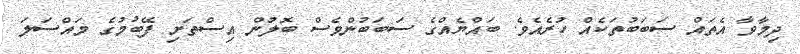
ދިމާވާ އެތައް ސަބަބުތަކެއް ހުރެއެވެ. ބައްޔެއްގެ ސަބަބުންވެސް ބޮލުން އިސްތަށި ފޭބުމުގެ މައްސަލަ